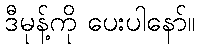
ဒီမုန့်ကို ပေးပါနော်။